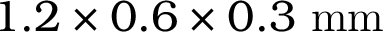
1 . 2 \times 0 . 6 \times 0 . 3 ~ \mathrm { m m }